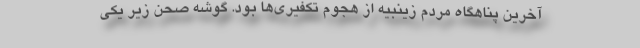
آخرین پناهگاه مردم زینبیه از هجوم تکفیری‌ها بود. گوشه صحن زیر یکی